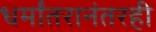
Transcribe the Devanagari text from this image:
धर्मांतरानंतरही